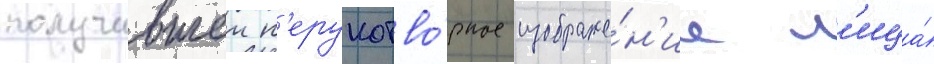
получившеи н'ерукотво́рное изображе́н'ие л'ица́